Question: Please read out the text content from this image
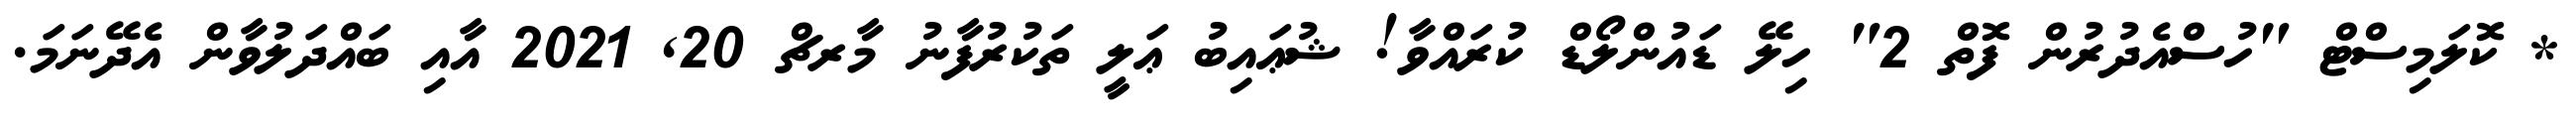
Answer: * ކޮލަމިސްޓް "ހުސްއެދުރުން ފޮތް 2" ހިލޭ ޑައުންލޯޑް ކުރައްވާ! ޝުޢައިބު ޢަލީ ތަކުރުފާނު މާރޗް 20, 2021 އާއި ބައްދަލުވާން އެދޭނަމަ.